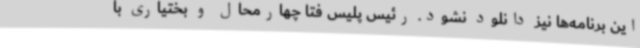
این برنامه‌ها نیز دانلود نشود. رئیس پلیس فتا چهارمحال و بختیاری با